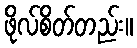
ဖိုလ်စိတ်တည်း။